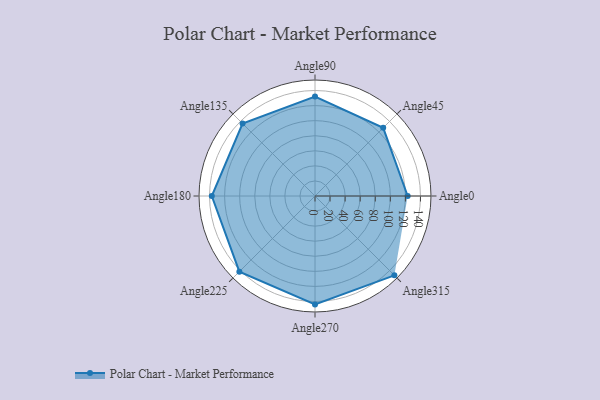
{"axis": {"x": "Angle", "y": "Radius"}, "legend": [""], "data": [{"x": "Angle0", "y": 123.0, "type": ""}, {"x": "Angle45", "y": 128.0, "type": ""}, {"x": "Angle90", "y": 132.0, "type": ""}, {"x": "Angle135", "y": 136.0, "type": ""}, {"x": "Angle180", "y": 137.0, "type": ""}, {"x": "Angle225", "y": 142.0, "type": ""}, {"x": "Angle270", "y": 144.0, "type": ""}, {"x": "Angle315", "y": 149.0, "type": ""}]}